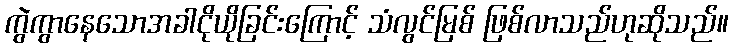
ကွဲကွာနေသောအခါငိုယိုခြင်းကြောင့် သံလွင်မြစ် ဖြစ်လာသည်ဟုဆိုသည်။